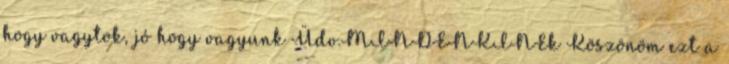
hogy vagytok, jó hogy vagyunk Üdv.MINDENKINEk Köszönöm ezt a